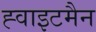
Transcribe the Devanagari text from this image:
ह्वाइटमैन